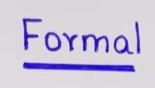
Formal